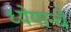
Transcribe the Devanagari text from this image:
ध्येयान्चे